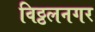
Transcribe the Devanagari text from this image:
विठ्ठलनगर